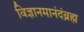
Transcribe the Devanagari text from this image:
विज्ञानमानंदंब्रह्म